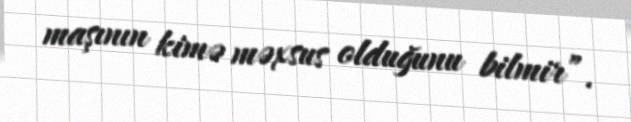
maşının kimə məxsus olduğunu bilmir”.